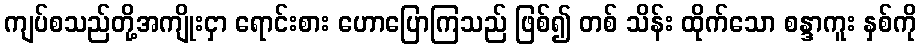
ကျပ်စသည်တို့အကျိုးငှာ ရောင်းစား ဟောပြောကြသည် ဖြစ်၍ တစ် သိန်း ထိုက်သော စန္ဒာကူး နှစ်ကို